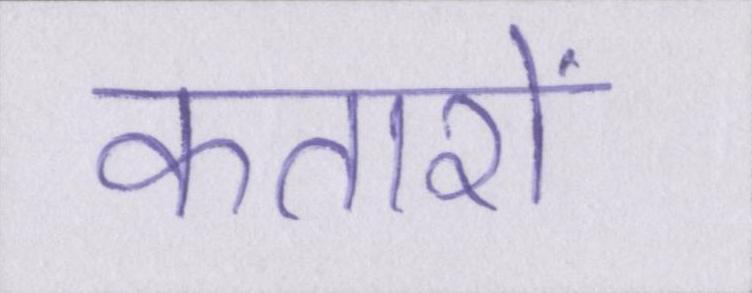
कतारों